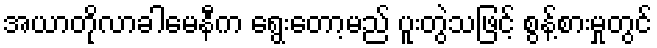
အယာတိုလာခါမေနီက ရွေးတော့မည် ပူးတွဲသဖြင့် စွန့်စားမှုတွင်